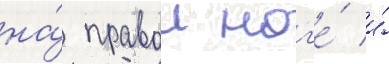
на́ правои ног'е́ и́